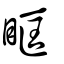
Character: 眶